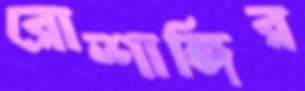
রোশাঙ্গির